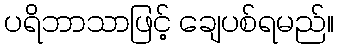
ပရိဘာသာဖြင့် ချေပစ်ရမည်။